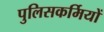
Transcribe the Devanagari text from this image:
पुलिसकर्मियों